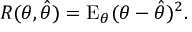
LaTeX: R ( \theta , { \hat { \theta } } ) = \operatorname { E } _ { \theta } ( \theta - { \hat { \theta } } ) ^ { 2 } .